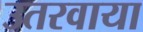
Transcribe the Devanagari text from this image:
उतरवाया